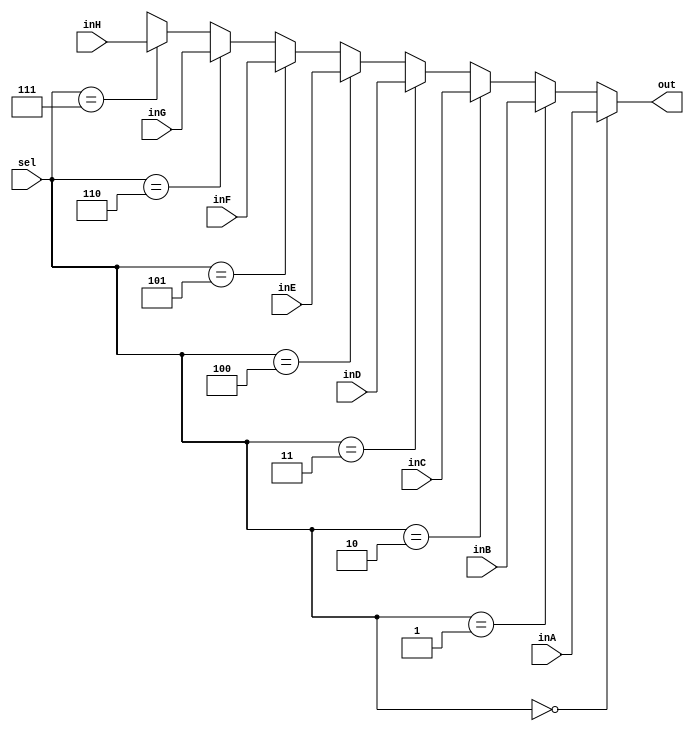
`timescale 1ns / 1ps

////////////////////////////////////////////////////////////////////////////////
// ECE369 - Computer Architecture
// 
// Module - Mux32Bit2To1.v
// Description - Performs signal multiplexing between 2 32-Bit words.
////////////////////////////////////////////////////////////////////////////////

module Mux32Bit8To1(out, inA, inB, inC, inD, inE, inF, inG, inH, sel);

    output [31:0] out;
    
    input [31:0] inA;
    input [31:0] inB;
    input [31:0] inC;
    input [31:0] inD;
    input [31:0] inE;
    input [31:0] inF;
    input [31:0] inG;
    input [31:0] inH;
    input [2:0] sel;

    /* Fill in the implementation here ... */ 
    
    //If sel is 0, out = inA; if sel is 1, out = inB
    assign out = (sel == 3'd0) ? inA :
                 (sel == 3'd1) ? inB :
                 (sel == 3'd2) ? inC :
                 (sel == 3'd3) ? inD :
                 (sel == 3'd4) ? inE :
                 (sel == 3'd5) ? inF :
                 (sel == 3'd6) ? inG :
                 (sel == 3'd7) ? inH :
                 32'bX;

endmodule